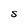
Character: S